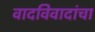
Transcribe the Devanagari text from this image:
वादविवादांचा